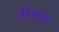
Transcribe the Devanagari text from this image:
नीशम